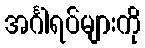
အင်္ဂါရပ်များကို